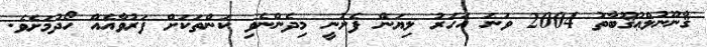
ޤާނޫނުލްޢުޤޫބާތު 2004 ވަނަ އަހަރު ލިޔަން ފެށުނީ މިދެންނެވި ކަންތަކަށް ފަރުވާއެއް ހޯދުމަށެވެ.